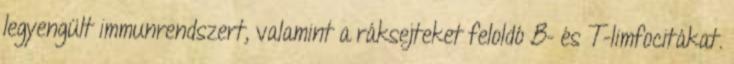
legyengült immunrendszert, valamint a ráksejteket feloldó B- és T-limfocitákat.